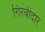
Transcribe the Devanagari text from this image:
गिरवीदार